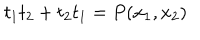
t _ { 1 } t _ { 2 } + t _ { 2 } t _ { 1 } = P ( x _ { 1 } , x _ { 2 } )